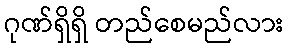
ဂုဏ်ရှိရှိ တည်စေမည်လား